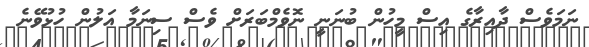
ނަމަވެސް ދާއިރާގެ އިސް މީހުން ބުނަނީ ނޮވެމްބަރަށް ވެސް ސިނަމާ އަލުން ހުޅުވޭނެ